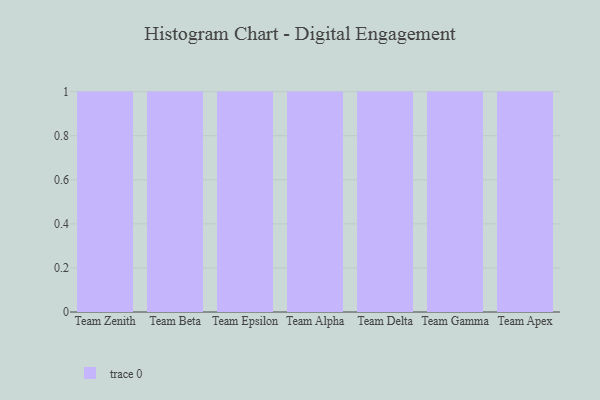
{"axis": {"x": "Team", "y": "Production Output"}, "legend": [""], "data": [{"x": "Team Zenith", "y": 86, "type": ""}, {"x": "Team Beta", "y": 62, "type": ""}, {"x": "Team Epsilon", "y": 48, "type": ""}, {"x": "Team Alpha", "y": 9, "type": ""}, {"x": "Team Delta", "y": 80, "type": ""}, {"x": "Team Gamma", "y": 7, "type": ""}, {"x": "Team Apex", "y": 11, "type": ""}]}